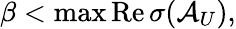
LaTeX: \beta<\operatorname*{max}\mathrm{Re}\, \sigma(\mathcal{A}_{U}),